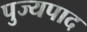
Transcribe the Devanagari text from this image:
पुज्यपाद